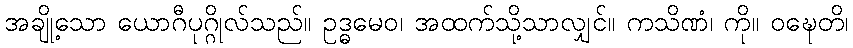
အချို့သော ယောဂီပုဂ္ဂိုလ်သည်။ ဥဒ္ဓမေဝ၊ အထက်သို့သာလျှင်။ ကသိဏံ၊ ကို။ ဝဍ္ဎေတိ၊